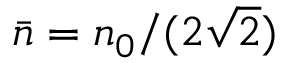
\bar { n } = n _ { 0 } / ( 2 \sqrt { 2 } )